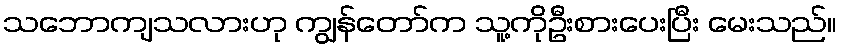
သဘောကျသလားဟု ကျွန်တော်က သူ့ကိုဦးစားပေးပြီး မေးသည်။